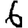
Digit: 6